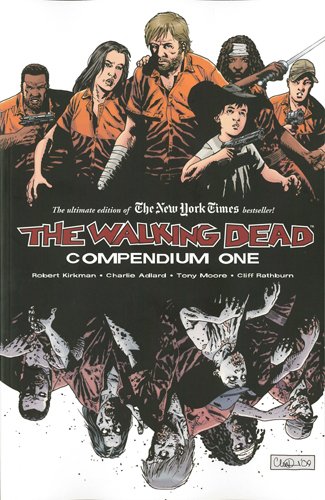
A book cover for The Walking Dead:  Compendium One; Robert Kirkman; Comics & Graphic Novels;